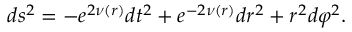
d s ^ { 2 } = - e ^ { 2 \nu ( r ) } d t ^ { 2 } + e ^ { - 2 \nu ( r ) } d r ^ { 2 } + r ^ { 2 } d \varphi ^ { 2 } .